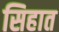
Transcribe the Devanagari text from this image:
सिहात